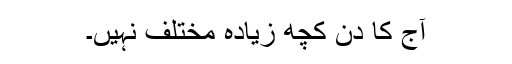
آج کا دن کچھ زیادہ مختلف نہیں۔